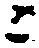
ニ